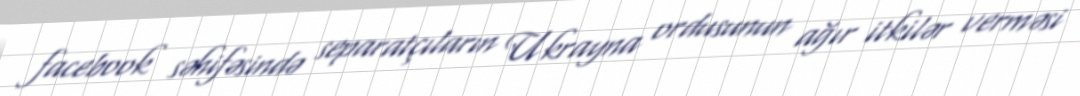
facebook səhifəsində separatçıların Ukrayna ordusunun ağır itkilər verməsi